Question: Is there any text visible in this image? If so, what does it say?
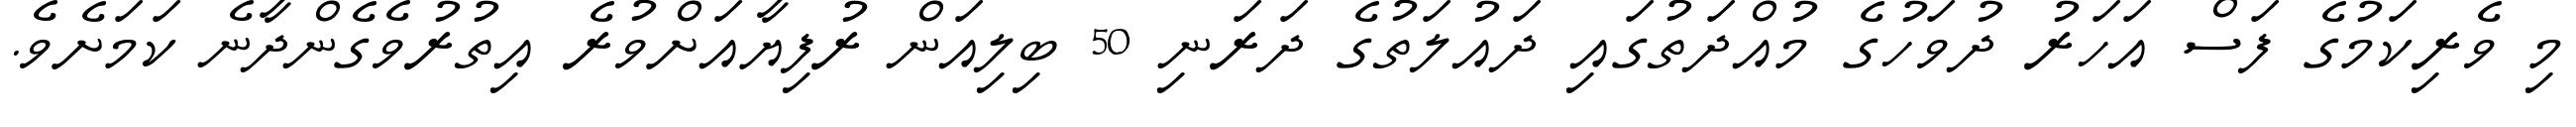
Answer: މި ވެރިކަމުގެ ފަސް އަހަރު ދުވަހުގެ މުއްދަތުގައި ދައުލަތުގެ ދަރަނި 50 ބިލިއަން ރުފިޔާއަށްވުރެ އިތުރުވެގެންދާނެ ކަމަށެވެ.